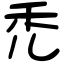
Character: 禿